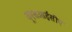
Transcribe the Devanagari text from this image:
यूएसआईसीए